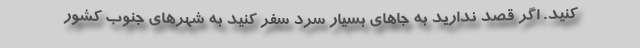
کنید. اگر قصد ندارید به جاهای بسیار سرد سفر کنید به شهرهای جنوب کشور